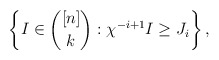
\begin{align*} \left\{I \in {[n] \choose k} : \chi^{-i+1} I \geq J_i \right\},\end{align*}